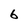
Character: 6